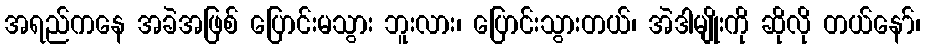
အရည်ကနေ အခဲအဖြစ် ပြောင်းမသွား ဘူးလား၊ ပြောင်းသွားတယ်၊ အဲဒါမျိုးကို ဆိုလို တယ်နော်၊